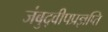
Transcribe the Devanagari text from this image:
जंबुद्वीपप्रज्ञप्ति